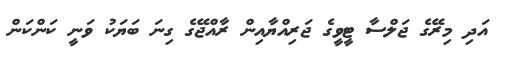
އަދި މިރޭގެ ޖަލްސާ ޓީވީގެ ޖަރިއްޔާއިން ރާއްޖޭގެ ގިނަ ބަޔަކު ވަނީ ކަންކަން